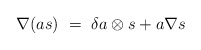
\begin{align*}\nabla (as) \ = \ \delta a \otimes s + a \nabla s\end{align*}